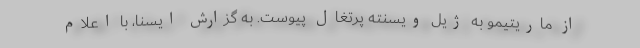
از ماریتیمو به ژیل ویسنته پرتغال پیوست. به گزارش ایسنا، با اعلام